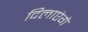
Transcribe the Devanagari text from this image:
दिलाएंगे